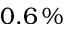
0 . 6 \, \%